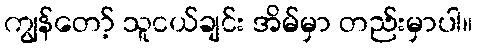
ကျွန်တော့် သူငယ်ချင်း အိမ်မှာ တည်းမှာပါ။